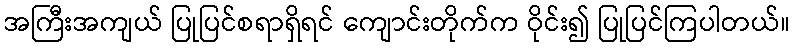
အကြီးအကျယ် ပြုပြင်စရာရှိရင် ကျောင်းတိုက်က ဝိုင်း၍ ပြုပြင်ကြပါတယ်။